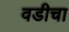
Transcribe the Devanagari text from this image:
वडीचा